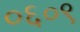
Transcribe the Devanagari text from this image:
०६०९